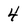
Character: 4